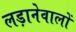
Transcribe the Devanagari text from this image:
लड़ानेवालों